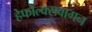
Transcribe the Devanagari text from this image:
हेफोल्क्सवागन